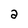
Character: 2